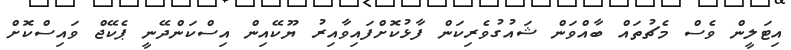
އިޓަލީން ވެސް މެޗުތައް ބާއްވަން ޝައުގުވެރިކަން ފާޅުކޮށްފައިވާއިރު ޔޫކޭއިން އިސްކަންދޭނީ ޕެކޭޖް ވައިސްކޮށް